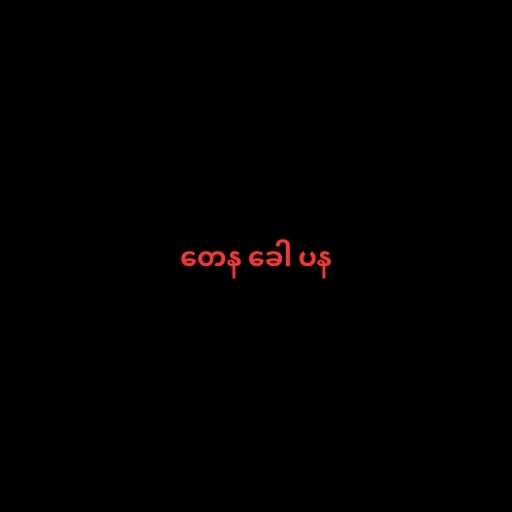
တေန ခေါ ပန